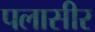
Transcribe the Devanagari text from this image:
पलासीर